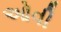
ઓવી